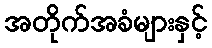
အတိုက်အခံများနှင့်